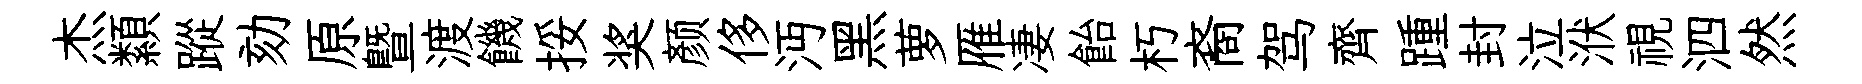
杰纇蹤劾原暨渡饑挼奖颜侈沔黑萝雁凄飴朽裔驾齊踵封泣洑視泗然